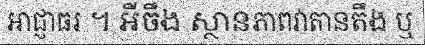
អាជ្ញាធរ ។ អីចឹង ស្ថានភាពវាតានតឹង ឬ